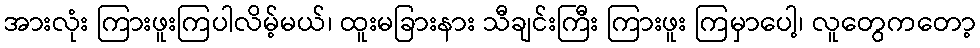
အားလုံး ကြားဖူးကြပါလိမ့်မယ်၊ ထူးမခြားနား သီချင်းကြီး ကြားဖူး ကြမှာပေါ့၊ လူတွေကတော့